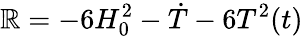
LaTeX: \mathbb{R}=-6H_{0}^{2}-\dot{{T}}-6T^{2}(t)